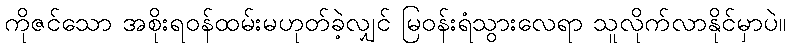
ကိုဇင်သော အစိုးရဝန်ထမ်းမဟုတ်ခဲ့လျှင် မြဝန်းရံသွားလေရာ သူလိုက်လာနိုင်မှာပဲ။